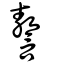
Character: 謷